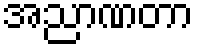
အညာဏတာ